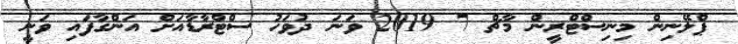
ޕްލޭނިން މިނިސްޓްރީން މާޗް 7 2019 ވަނަ ދުވަހު ސްޓްރާޑާއަށް އަންގާފައި ވަނީ